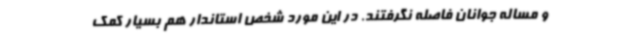
و مساله جوانان فاصله نگرفتند. در این مورد شخص استاندار هم بسیار کمک